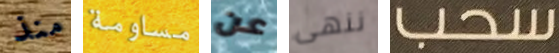
منذ مساومة عن ننهى سحب